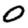
Digit: 0